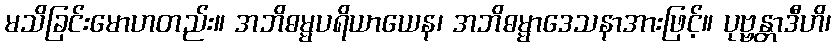
မသိခြင်းမောဟတည်း။ အဘိဓမ္မပရိယာယေန၊ အဘိဓမ္မာဒေသနာအားဖြင့်။ ပုဗ္ဗန္တာဒီဟိ၊